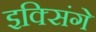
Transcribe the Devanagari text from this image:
इक्सिंगे